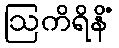
ဩကိရိနိံ